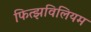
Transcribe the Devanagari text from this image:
फित्झविलियम